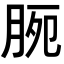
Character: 𣍴